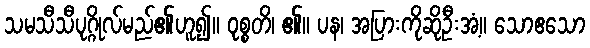
သမသီသီပုဂ္ဂိုလ်မည်၏ဟူ၍။ ဝုစ္စတိ၊ ၏။ ပန၊ အပြားကိုဆိုဦးအံ့။ သောဧသော